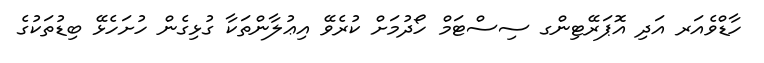
ހާޑްވެއަރ އަދި އޮޕަރޭޓިންގ ސިސްޓަމް ހޯދުމަށް ކުރެވޭ އިޢުލާންތަކާ ގުޅިގެން ހުށަހެޅޭ ބިޑުތަކުގެ